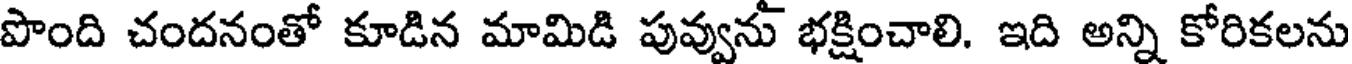
పొంది చందనంతో కూడిన మామిడి పువ్వును భక్షించాలి. ఇది అన్ని కోరికలను